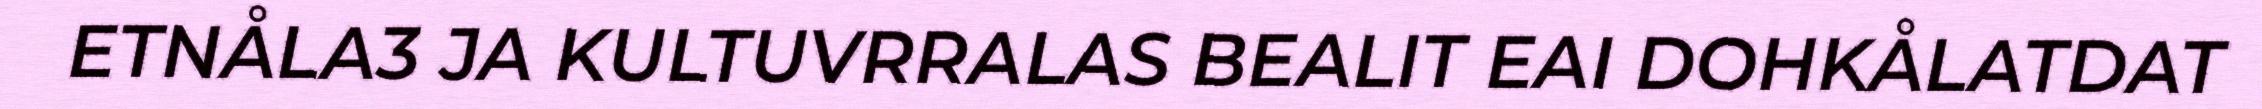
ETNÅLA3 JA KULTUVRRALAS BEALIT EAI DOHKÅLATDAT